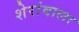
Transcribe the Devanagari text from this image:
शेरांवाला